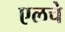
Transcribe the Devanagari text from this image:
एलचे